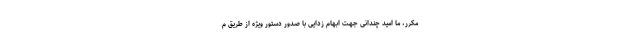
مکرر، ما امید چندانی جهت ابهام زدایی با صدور دستور ویژه از طریق م